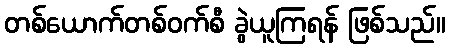
တစ်ယောက်တစ်ဝက်စီ ခွဲယူကြရန် ဖြစ်သည်။